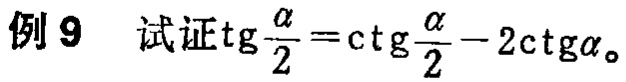
例 9  试证\(\mathrm{tg}\frac{\alpha}{2}=\mathrm{ctg}\frac{\alpha}{2}-2\mathrm{ctg}\alpha\)。